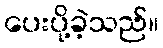
ပေးပို့ခဲ့သည်။